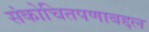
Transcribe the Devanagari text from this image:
संकोचितपणाबद्दल